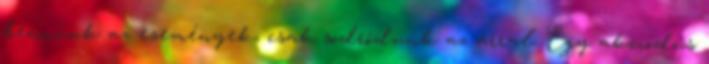
bennünk az események, csak sodródunk az árral. Egy akciódús